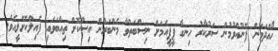
ހޯއްދަވަން ފޮނުއްވުމުން ސަރުކާރު ހިނގާ ޕީޕީއެމަށް ނިސްބަތްވާ މެންބަރުން އިސްކޮށް ތިއްބަވައި ފެއިލްކޮށްލީއެވެ.